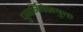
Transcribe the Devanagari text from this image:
पुनर्निवेशयुक्त